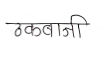
मजकूर: ठकबाजी